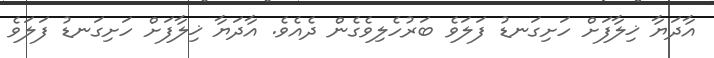
އާދަޔާ ޚިލާފަށް ހަށިގަނޑު ފަލަވެ ބަރުހެލިވެގެން ދެއެވެ. އާދަޔާ ޚިލާފަށް ހަށިގަނޑު ފަލަވެ